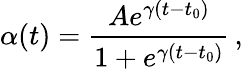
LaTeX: \alpha(t)=\frac{Ae^{\gamma(t-t_{0})}}{1+e^{\gamma(t-t_{0})}}\, ,